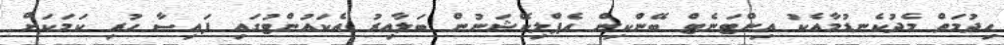
ހިދުމަތް މެދުކެނޑުމާއެކު އިންޓަނެޓް ބޭންކިން އެޕްލިކޭޝަނުން ބަލާއިރު އެކައުންޓުގައި ފައިސާ ހުރި ކަމަކަށް